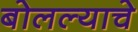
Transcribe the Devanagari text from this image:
बोलल्याचे